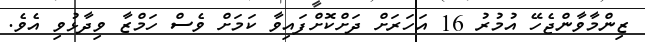
ޒިންމާވާންޖެހޭ އުމުރު 16 އަހަރަށް ދަށްކޮށްފައިވާ ކަމަށް ވެސް ހަމްޒާ ވިދާޅުވި އެވެ.